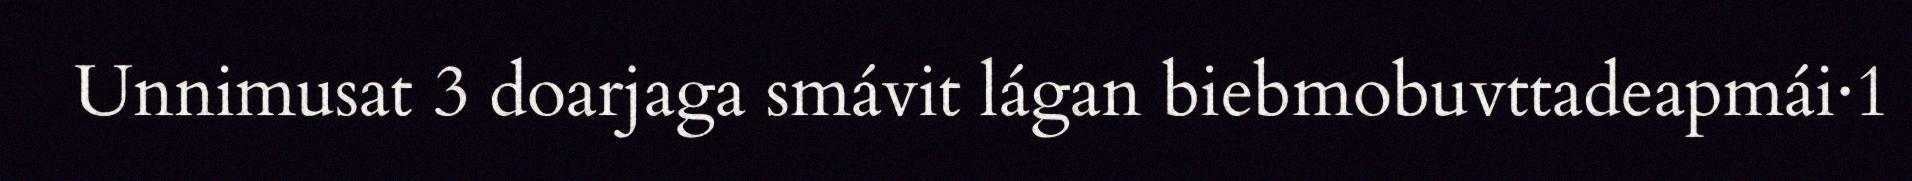
Unnimusat 3 doarjaga smávit lágan biebmobuvttadeapmái·1